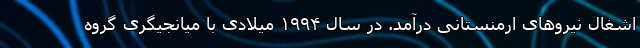
اشغال نیروهای ارمنستانی درآمد. در سال ۱۹۹۴ میلادی با میانجیگری گروه